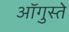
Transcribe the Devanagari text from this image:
ऑगुस्ते